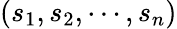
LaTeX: (s_{1},s_{2},\cdots,s_{n})